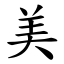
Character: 美